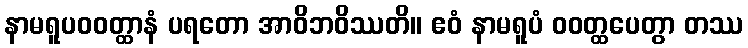
နာမရူပဝဝတ္ထာနံ ပရတော အာဝိဘဝိဿတိ။ ဧဝံ နာမရူပံ ဝဝတ္ထပေတွာ တဿ